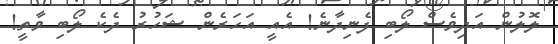
ލޮލުން އަދިވެސް ލޯބި ފެނިދާނެ! އެއީ އަހަރެން ޝަހުރު ދެކެ ލޯބި ވާތީ!